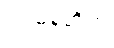
ဂျာမန်တို့က